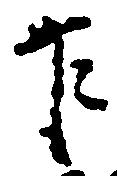
乍